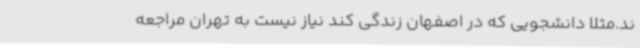
ند.مثلا دانشجویی که در اصفهان زندگی کند نیاز نیست به تهران مراجعه